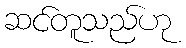
ဆင်တူသည်ဟု